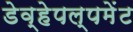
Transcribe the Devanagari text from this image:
डेव्हेपल्पमेंट